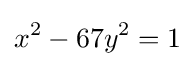
x^{2}-67y^{2}=1